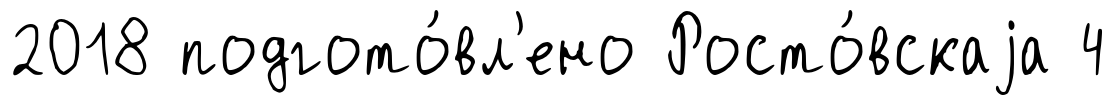
2018 подгото́вл'ено Росто́вскаjа 4